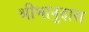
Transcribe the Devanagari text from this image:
श्रीभानुदास